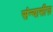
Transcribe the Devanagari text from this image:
संन्यासीज़